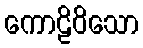
ကောဠိဝိသော